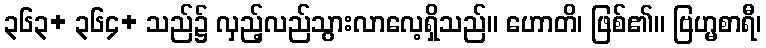
၃၆၃+ ၃၆၄+ သည်၌ လှည့်လည်သွားလာလေ့ရှိသည်။ ဟောတိ၊ ဖြစ်၏။ ဗြဟ္မစာရီ၊